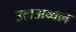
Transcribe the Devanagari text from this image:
उलअव्वल